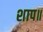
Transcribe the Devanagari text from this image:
शाप॥